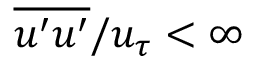
\overline { { u ^ { \prime } u ^ { \prime } } } / u _ { \tau } < \infty